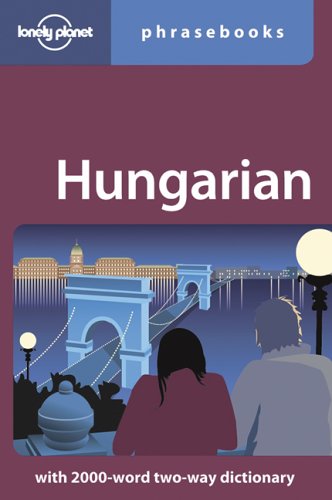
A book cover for Hungarian: Lonely Planet Phrasebook; Christina Mayer; Travel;